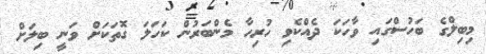
މިބިލްގެ ބަހުސްގައި ވާހަކަ ދެއްކެވި ހުރިހާ މެންބަރުން ކަހަލަ ގޮތަކަށް ވަނީ ބިލަށް